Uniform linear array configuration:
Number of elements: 24
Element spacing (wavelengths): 0.5
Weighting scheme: binomial
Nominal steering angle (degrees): -15
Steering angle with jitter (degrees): -15.322
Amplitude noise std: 0.05
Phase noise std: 0.05

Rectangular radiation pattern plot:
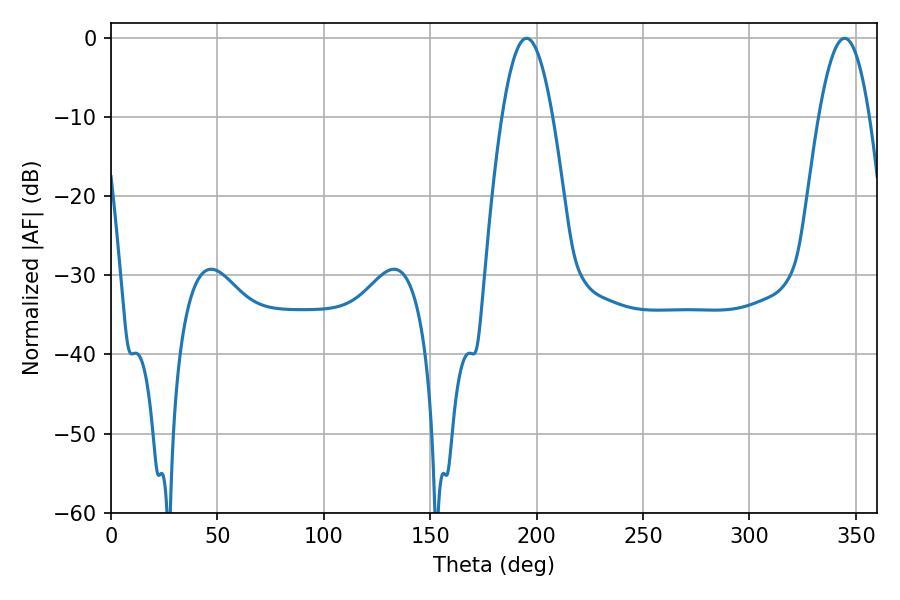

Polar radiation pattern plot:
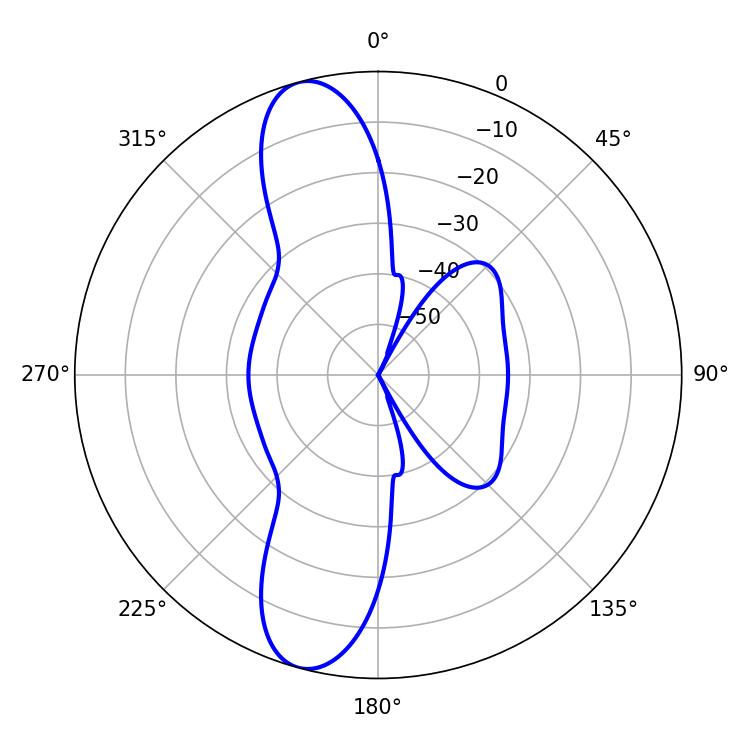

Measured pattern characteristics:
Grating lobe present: FALSE
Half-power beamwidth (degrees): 12.96
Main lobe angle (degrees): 195.3